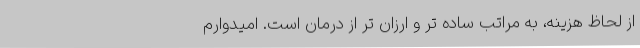
از لحاظ هزینه، به مراتب ساده تر و ارزان تر از درمان است. امیدوارم